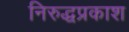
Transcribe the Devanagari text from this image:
निरुद्धप्रकाश